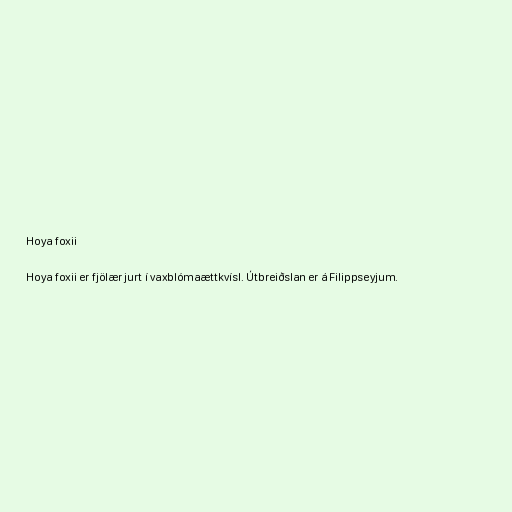
Hoya foxii

Hoya foxii er fjölær jurt í vaxblómaættkvísl. Útbreiðslan er á Filippseyjum.